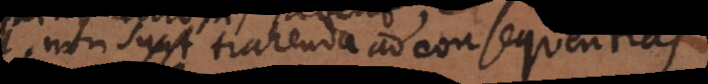
non sunt trahenda ad consequentias.